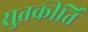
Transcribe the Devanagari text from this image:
सुतकीर्ति